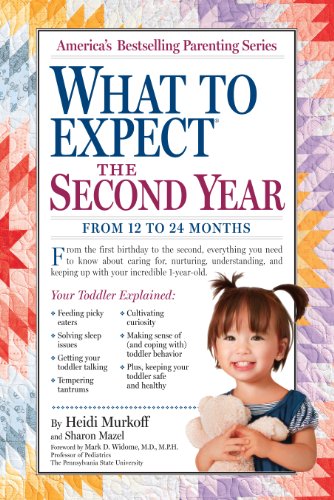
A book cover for What to Expect the Second Year: From 12 to 24 Months (What to Expect (Workman Publishing)); Heidi Murkoff; Parenting & Relationships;